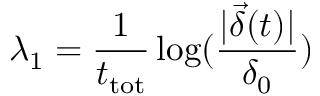
\lambda _ { 1 } = \frac { 1 } { t _ { \mathrm { t o t } } } \log ( \frac { | \vec { \delta } ( t ) | } { \delta _ { 0 } } )